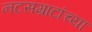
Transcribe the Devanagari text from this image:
नटसम्राटांच्या